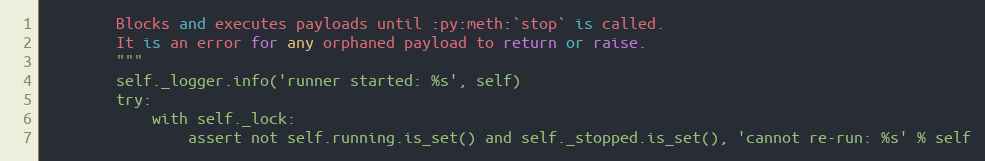
Language: Python
        Blocks and executes payloads until :py:meth:`stop` is called.
        It is an error for any orphaned payload to return or raise.
        """
        self._logger.info('runner started: %s', self)
        try:
            with self._lock:
                assert not self.running.is_set() and self._stopped.is_set(), 'cannot re-run: %s' % self